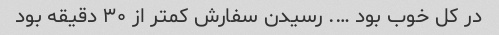
در کل خوب بود …. رسیدن سفارش کمتر از ۳۰ دقیقه بود